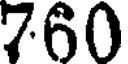
760